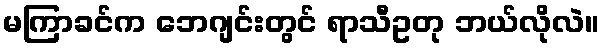
မကြာခင်က ဘေဂျင်းတွင် ရာသီဥတု ဘယ်လိုလဲ။